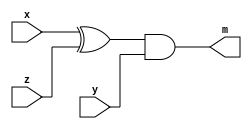
`timescale 1ns / 100ps

module mi_modulo(
    input x,
    input y,
    input z,
    output m);
    wire e;
    xor g1(e,x,z);
    and g2(m,e,y);
    
endmodule